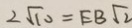
2 \sqrt { 1 0 } = E B \sqrt { 2 }